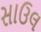
સાઉલ